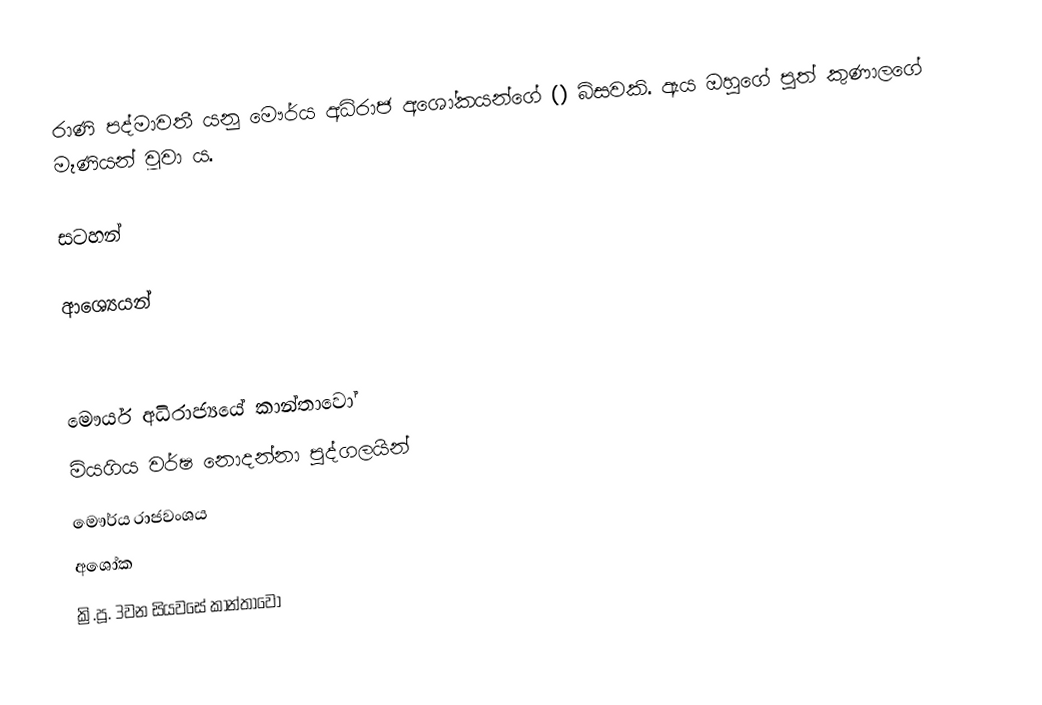
රාණි පද්මාවතී යනු මෞර්ය අධිරාජ අශෝකයන්ගේ () බිසවකි. ඇය ඔහුගේ පුත් කුණාලගේ මෑණියන් වූවා ය.

සටහන්

ආ‍ශ්‍යෙයන්

මෞර්ය අධිරාජ්‍යයේ කාන්තාවෝ
මියගිය වර්ෂ නොදන්නා පුද්ගලයින්
මෞර්ය රාජවංශය
අශෝක
ක්‍රි.පූ. 3වන සියවසේ කාන්තාවෝ